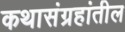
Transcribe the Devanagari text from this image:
कथासंग्रहांतील